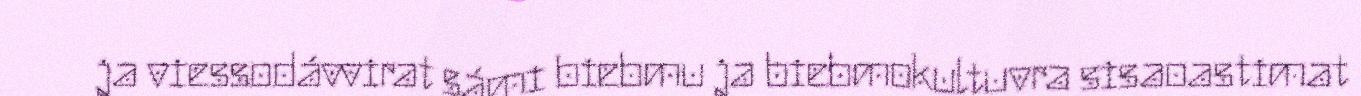
ja viessodávvirat sámi biebmu ja biebmokultuvra sisaoastimat